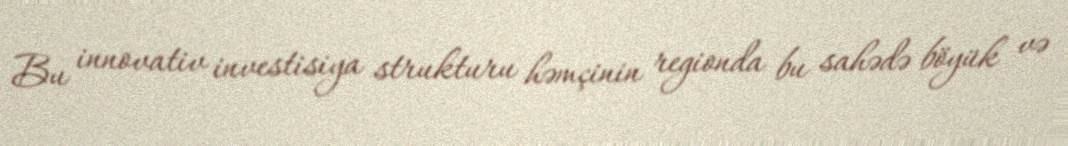
Bu innovativ investisiya strukturu həmçinin regionda bu sahədə böyük və